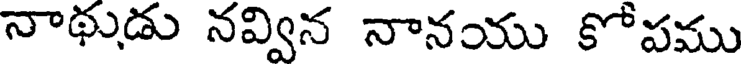
నాథుడు నవ్విన నానయు కోపము